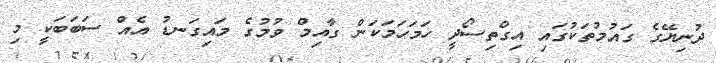
ދުނިޔޭގެ ގައުމުތަކުގައި އިގްތިސޯދީ ހަމަހަމަކަން ގާއިމް ވުމުގެ މައިގަނޑު އެއް ސަބަބަކީ މި